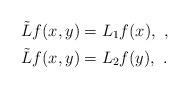
LaTeX: \begin{align*}\tilde L f(x,y)&=L_1f(x), \ ,\\\tilde L f(x,y)&=L_2f(y), \ .\end{align*}